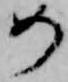
め